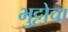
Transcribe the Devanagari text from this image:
भुट्टोचा